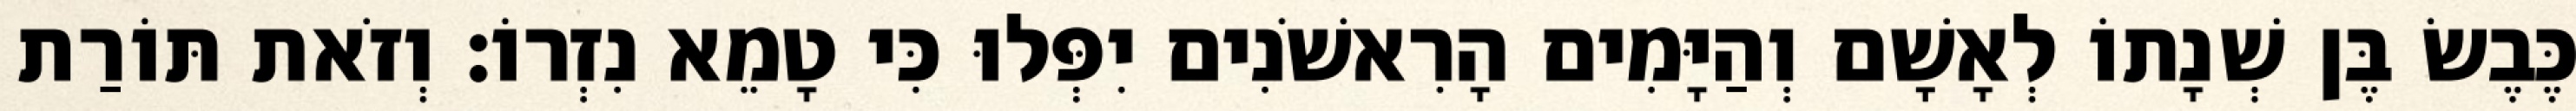
כֶּבֶשׂ בֶּן שְׁנָתוֹ לְאָשָׁם וְהַיָּמִים הָרִאשֹׁנִים יִפְּלוּ כִּי טָמֵא נִזְרוֹ׃ וְזֹאת תּוֹרַת